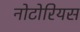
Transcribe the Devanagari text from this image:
नोटोरियस